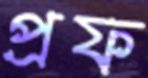
প্রফ